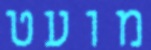
מועט